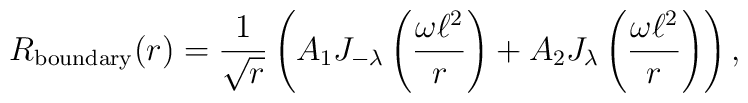
R_{\rm boundary}(r) = \frac{1}{\sqrt{r}} \left( A_{\rm 1} J_{-\lambda}  \left(\frac{\omega \ell^2}{r}\right) + A_{\rm 2} J_{\lambda}  \left(\frac{\omega \ell^2}{r}\right)\right),